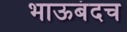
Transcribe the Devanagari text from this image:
भाऊबंदच